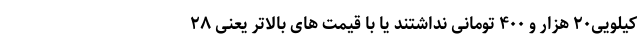
کیلویی۲۰ هزار و ۴۰۰ تومانی نداشتند یا با قیمت های بالاتر یعنی ۲۸